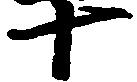
十